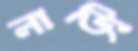
লাভিং